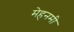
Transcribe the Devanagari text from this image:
मेहनमी